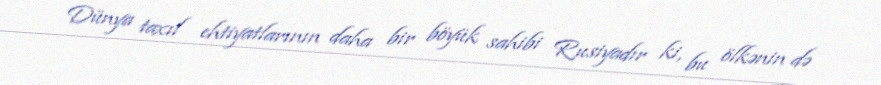
Dünya taxıl ehtiyatlarının daha bir böyük sahibi Rusiyadır ki, bu ölkənin də